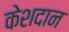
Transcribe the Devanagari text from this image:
केशदान